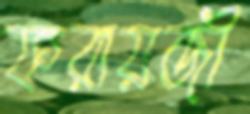
ফরায়জী